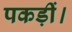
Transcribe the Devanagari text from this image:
पकड़ीं।